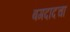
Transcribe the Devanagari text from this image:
बगदादचा